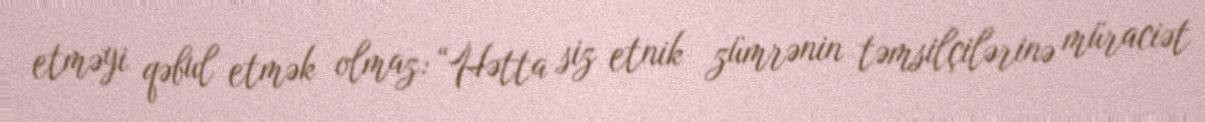
etməyi qəbul etmək olmaz: “Hətta siz etnik zümrənin təmsilçilərinə müraciət